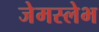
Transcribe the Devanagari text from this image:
जेमस्लेभ